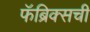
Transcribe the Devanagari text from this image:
फॅब्रिक्सची